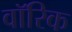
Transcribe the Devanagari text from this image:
वॉरिक